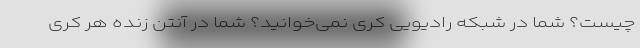
چیست؟ شما در شبکه رادیویی کری نمی‌خوانید؟ شما در آنتن زنده هر کری